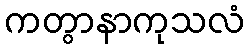
ကတွာနာကုသလံ